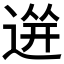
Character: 𲅡